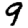
Digit: 9